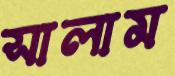
সালাম